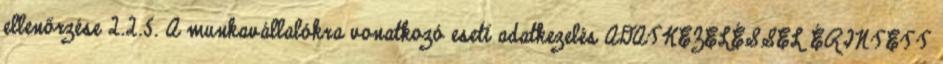
ellenőrzése 2.2.5. A munkavállalókra vonatkozó eseti adatkezelés ADATKEZELÉSSEL ÉRINTETT